Lunatic asylums Central Provinces reports 1886-1894 - 1886-1894
Year: 1886
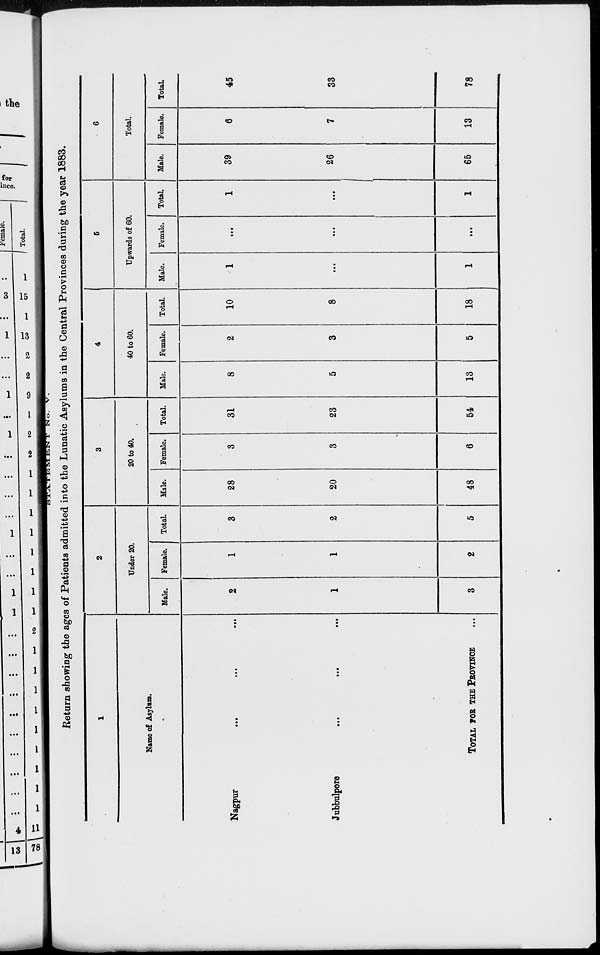
Return showing the ages of Patients admitted into the Lunatic Asylums in the Central Provinces during the year 1883.
1
Name of Asylum.
Nagpur
...
...
...
Jubbulpore
...
...
...
TOTAL FOR THE PROVINCE ...
2
Under 20.
Male.
2
1
3
Female.
1
1
2
Total.
3
2
5
3
20 to 40.
Male.
28
20
48
Female.
3
3
6
Total.
31
23
54
4
40 to 60.
Male.
8
5
13
Female.
2
3
5
Total.
10
8
18
.
Upwards of 60.
Male.
1
...
1
Female.
...
...
...
Total.
1
...
1
6
Total.
Male.
39
26
65
Female.
6
7
13
Total.
45
33
78